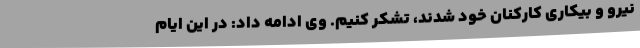
نیرو و بیکاری کارکنان خود شدند، تشکر کنیم. وی ادامه داد: در این ایام